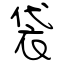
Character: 袋